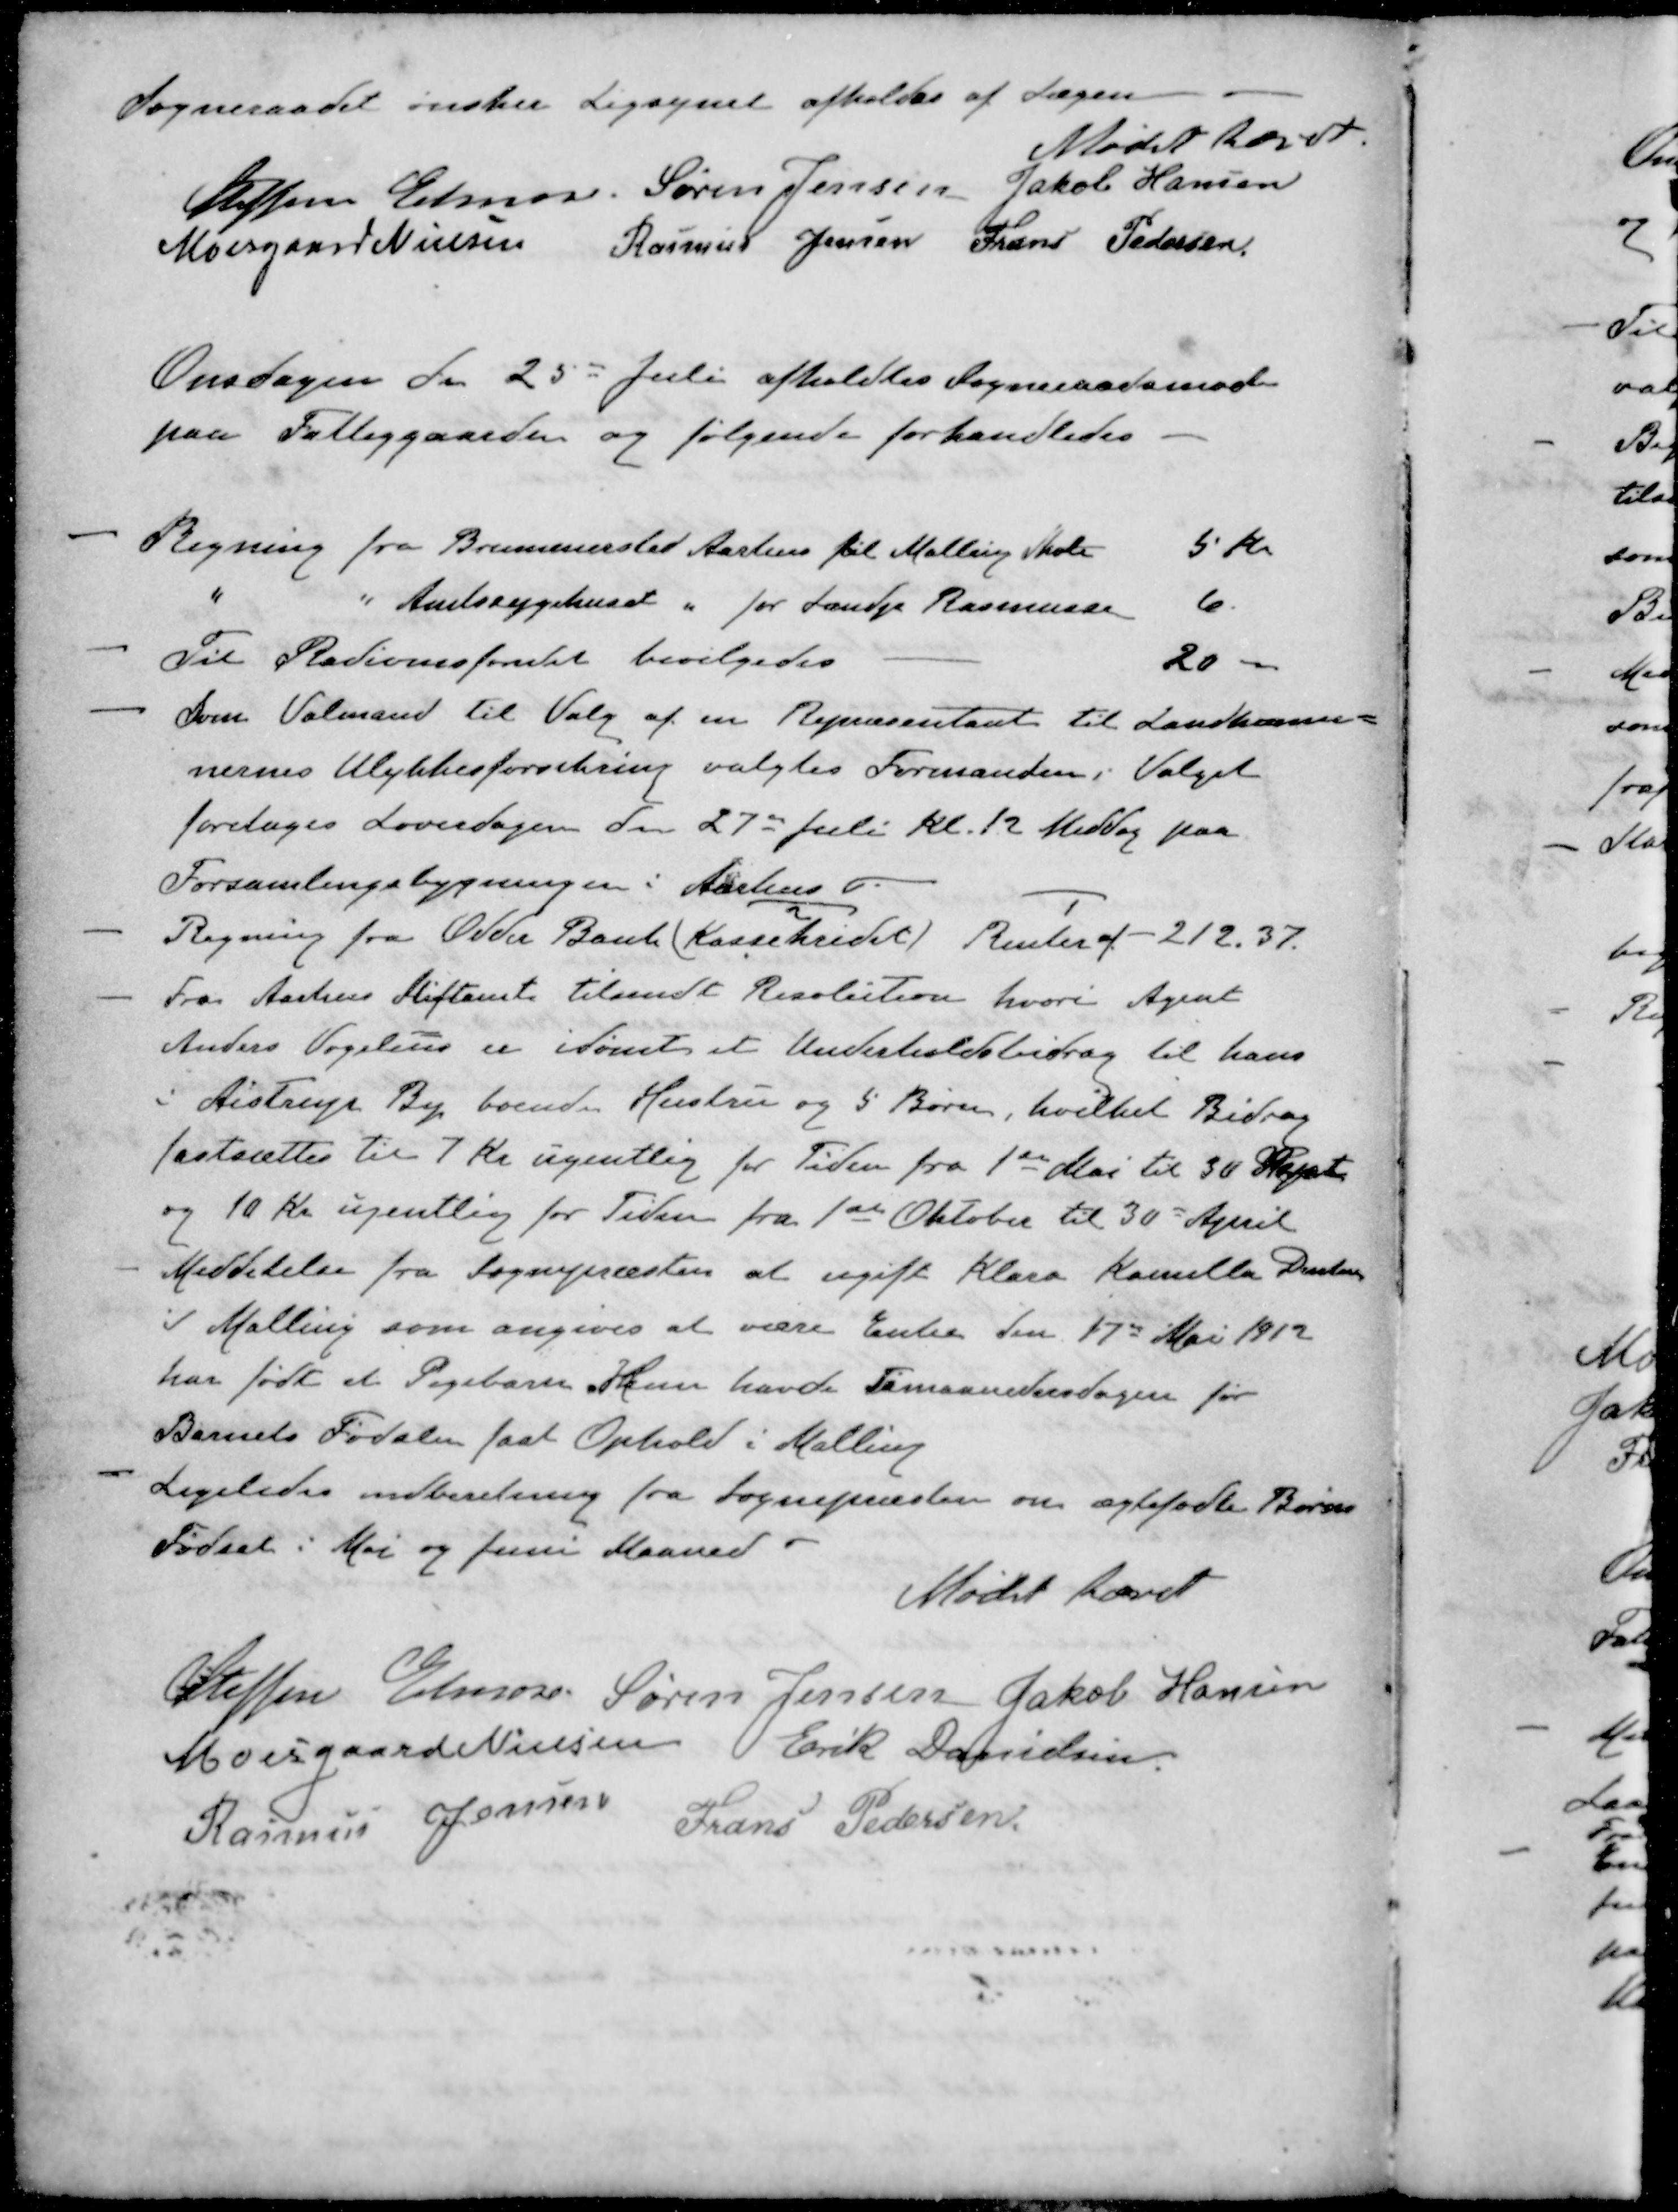
Transskription:
Sogneraadet ønsker Ligsynet afholdes af Lægen
Mødet hævet.
Steffen Elmose
Søren Jensen
Jakob Hansen
Moesgaard Nielsen
Rasmus Jensen
Frans Pedersen
Onsdagen den 25 Juli afholdtes Sogneraadsmøde
paa Fattiggaarden og følgende forhandledes
- Regning fra Brummersted Aarhus til Malling Skole 5 Kr.
" " Amtssygehuset " for Landp Rasmussen 6.
- Til Radionsfondet bevilgedes 20 -
- Som Valmand til Valg af en Repræsentant til Landkommu-
nernes Ulykkesforsikring valgtes Formanden. Valget
foretages Loverdagen den 27de Juli Kl. 12 Middag paa
Forsamlingsbygningen i Aarhus
- Regning fra Odder Bank (Kassekredet) Renter af - 212.37
- Fra Aarhus Stiftamt tilsendt Resolution hvori Agent
Anders Vogelius er idømt et Underholdsbidrag til hans
i Aistrup By boende Hustru og 5 Børn, hvilket Bidrag
fastsættes til 7 Kr ugentlig for Tiden fra 1ste Mai til 30 Sept.
og 10 Kr ugentlig for Tiden fra 1ste Oktober til 30d April
- Meddelelse fra Sognepræsten at ugift Klara Kamilla Poulsen
I Malling som angives at være Enke den 17de Mai 1912
har født et Pigebarn. Hun havde Timaanedersdagen for
Barnets Fødslen fast Ophold i Malling
- Ligeledes indberetning fra Sognepræsten om ægtefødte Børns
Fødsel i Mai og Juni Maaned
Mødet hævet
Steffen Elmose
Søren Jensen
Jakob Hansen
Moesgaard Nielsen
Erik Danielsen.
Rasmus Jensen
Frans Pedersen